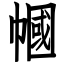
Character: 幗